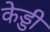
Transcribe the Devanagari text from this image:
केड्डी